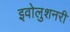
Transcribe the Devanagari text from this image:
इवोलुशनरी